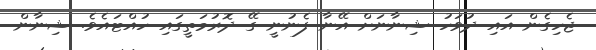
ޖެހިގެން އައި ދުވަހު ޝިނާނަށް އޭނާ ފެނުނީ ގޭ ދޮރުމަތީގައި ހުއްޓައެވެ. ޝިނާން